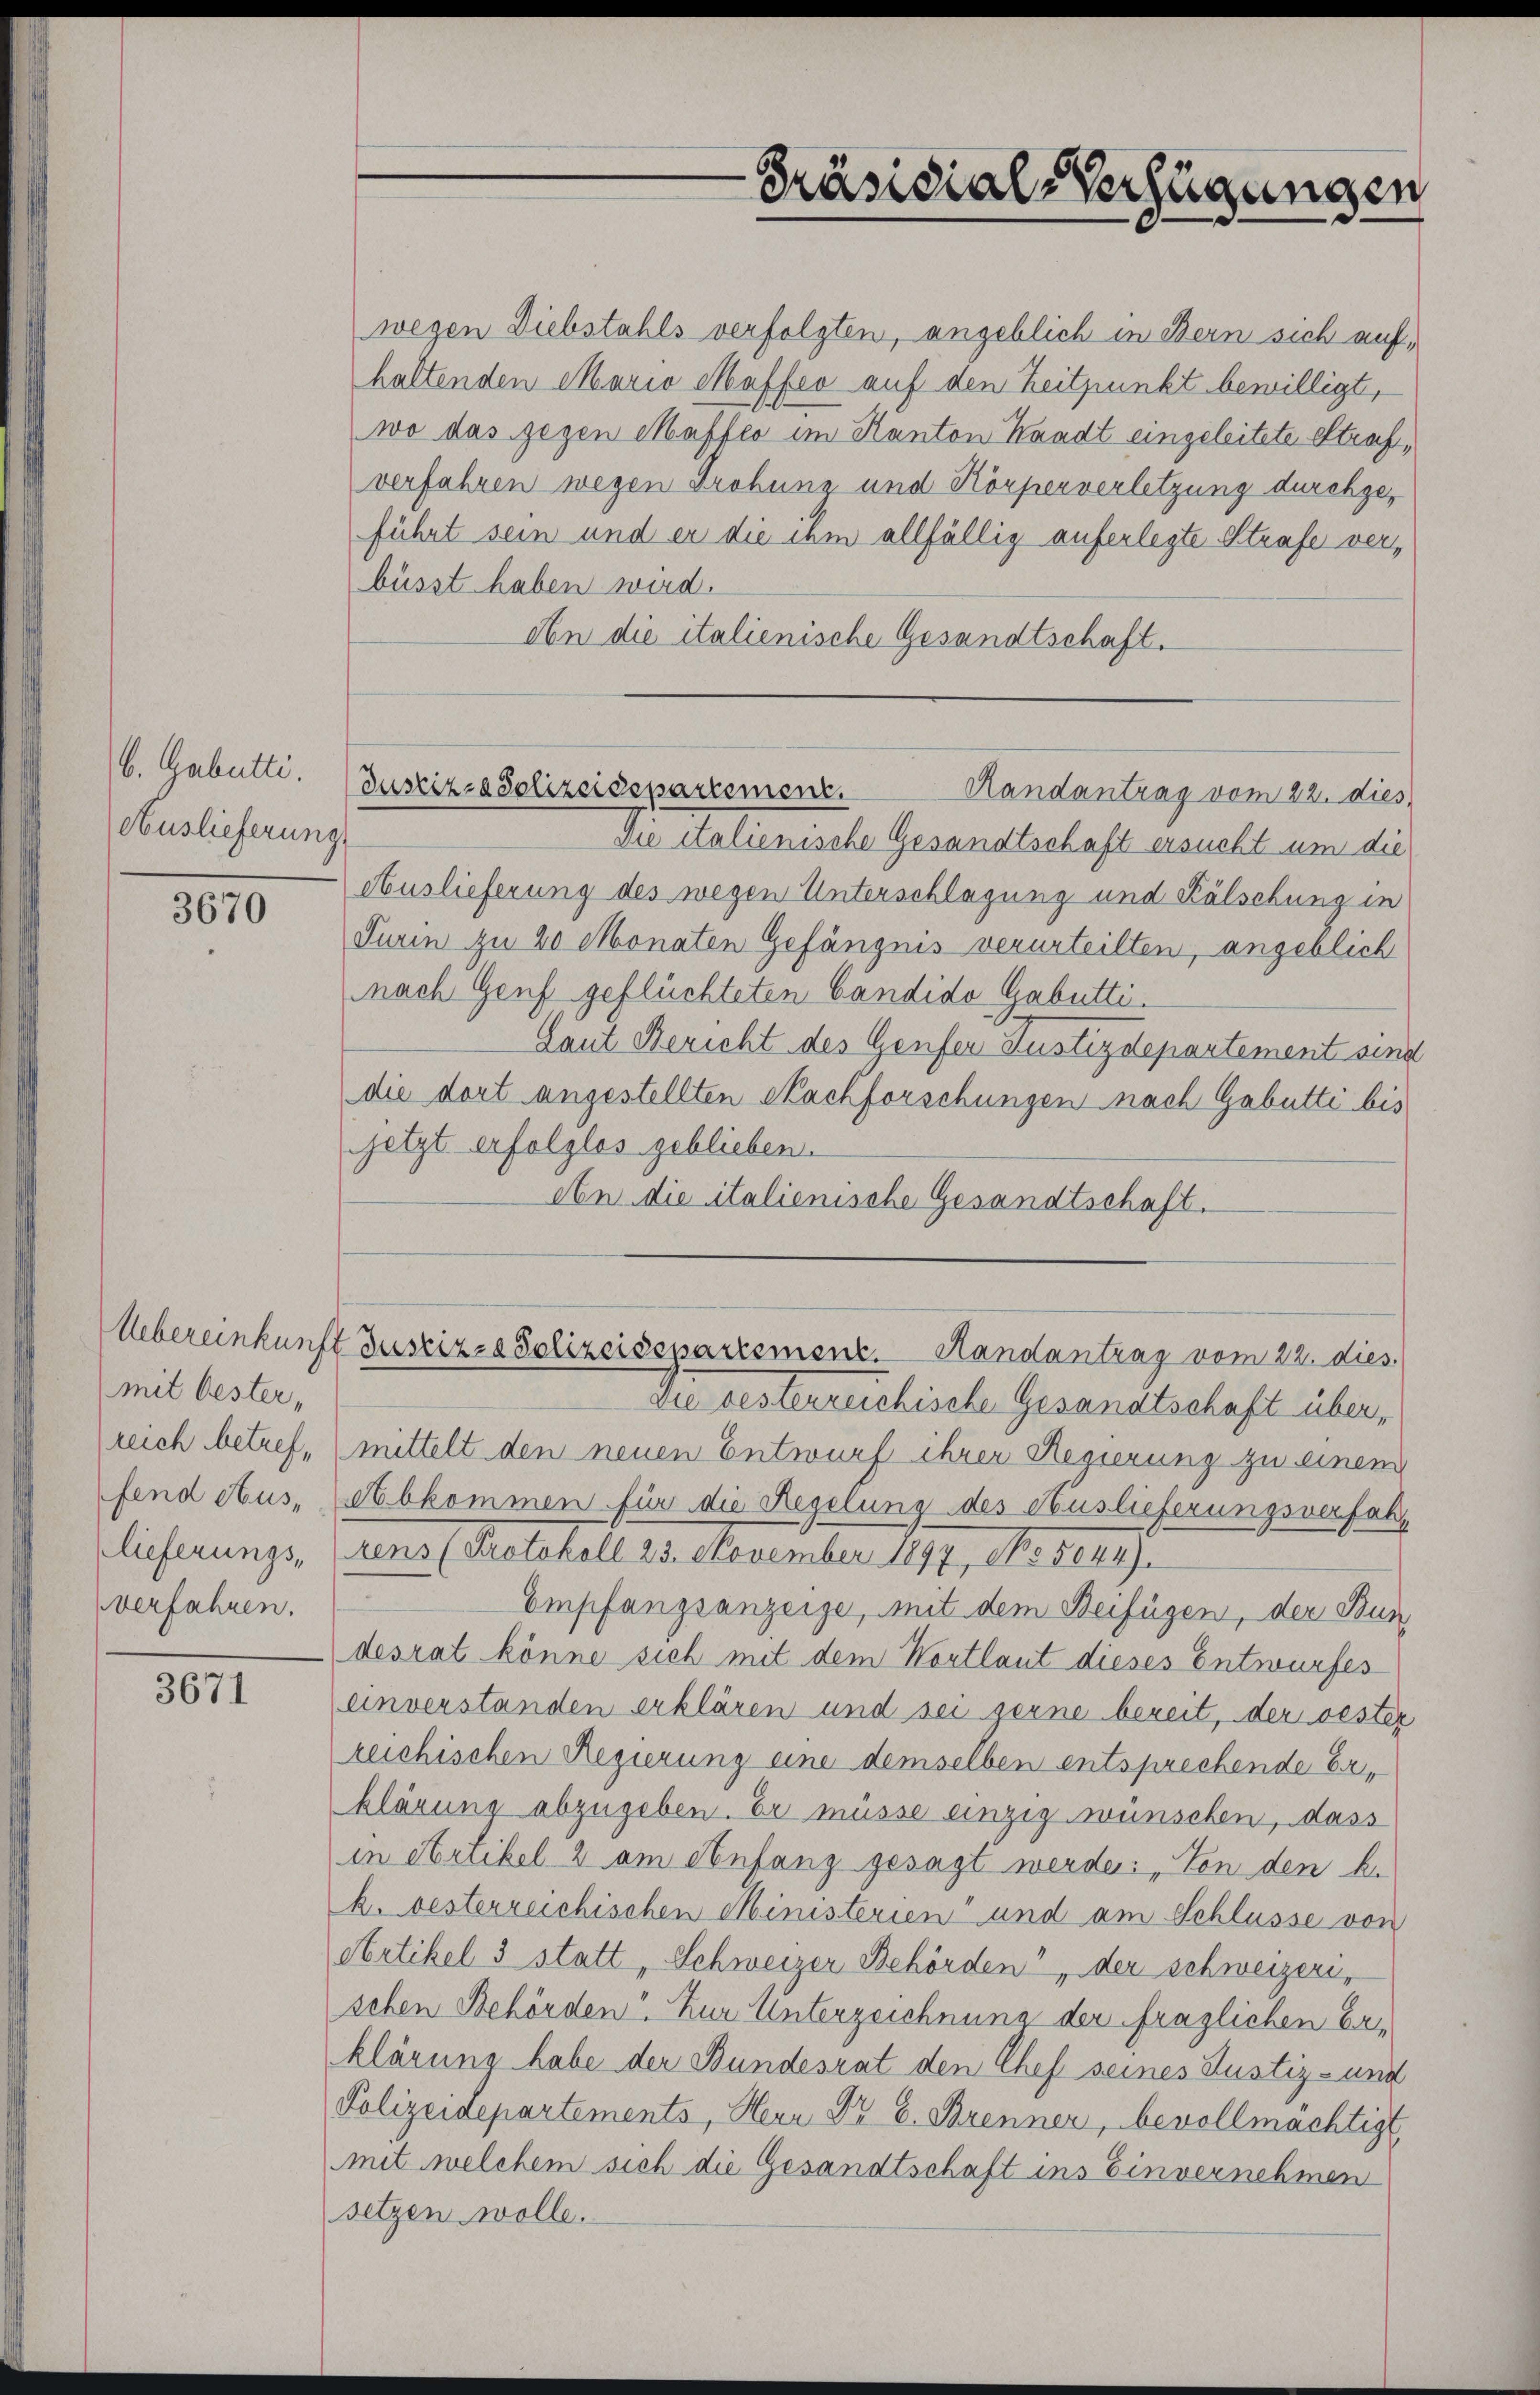
b. Gabutti.
Auslieferung

3670

(mit Oester,
verfahren.

3671

Präsidial-Verfügungen

Justiz- & Polizeidepartement.
Randantrag vom 22. dies

wegen Diebstahls verfolgten, angeblich in Bern sich auf,
haltenden Maria Maffer auf den Zeitpunkt bewilligt,
wo das gegen Mafféo im Kanton Waadt eingeleitete Strafverfahren wegen Grobung und Körperverletzung durchgeführt sein und er die ihm allfällig auferlegte Strafe verbüsst haben wird.
Abn die italienische Gesandtschaft.
Die italienische Gesandtschaft ersucht um die
Auslieferung des wegen Unterschlagung und Kälschung in
Turin zu 20 Monaten Gefängnis verurteilten, angeblich
nach Genf geflüchteten Candido Gabutti.
Laut Bericht des Genfer Justizdepartement sind
die dort angestellten Sachforschungen nach Gabutti bis
jetzt erfolglos geblieben.
An die italienische Gesandtschaft.

Die besterreichische Gesandtschaft überreich betref (mittelt den neuen Entwurf ihrer Regierung zu einem
fend aus, (Abkommen für die Regelung des Auslieferungsverfahr
lieferungs- (rens (Protokoll 23. November 1897, No 5044).
Empfangsanzeige, mit dem Beifügen, der Bun
desrat könne sich mit dem Wortlaut dieses Entwurfes
einverstanden erklären und sei gerne bereit, der oester
reichischen Regierung eine demselben entsprechende Erklärung abzugeben. Er müsse einzig wünschen, dass
in Artikel 2 am Anfang gesagt werde. Von den k.
k. besterreichischen Ministerien und am Schlüsse von
Artikel 3 statt, Schweizer Behörden“, der schweizeri,
sehen Behörden. Zur Unterzeichnung der fraglichen Erklärung habe der Bundesrat den Chef seines Justiz- und
Polizeidepartements, Herr Dr E. Brenner, bevollmächtigt,
mit welchem sich die Gesandtschaft ins Einvernehmen
setzen wolle.

Uebereinkunft Justiz- & Polizeisepartement. Handantrag vom 22. dies